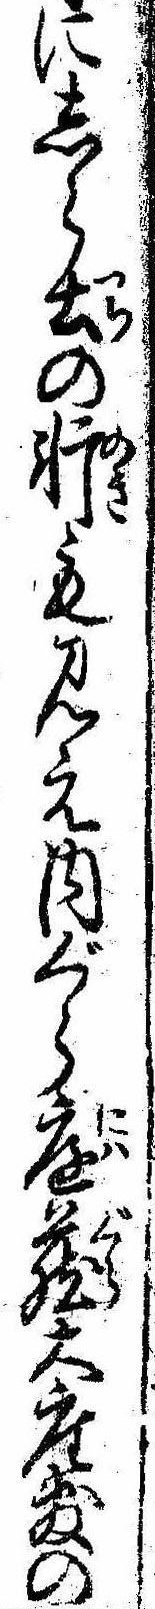
にしら土の軒も見え内ぐら庭蔵大座敷の